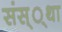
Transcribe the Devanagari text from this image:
संस््था